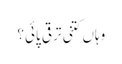
وہاں کتنی ترقی پائی؟